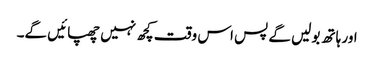
اور ہاتھ بولیں گے پس اس وقت کچھ نہیں چھپائیں گے۔